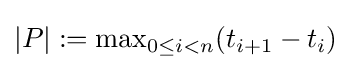
{\textstyle |P|:=\max _{0\leq i<n}(t_{i+1}-t_{i})}